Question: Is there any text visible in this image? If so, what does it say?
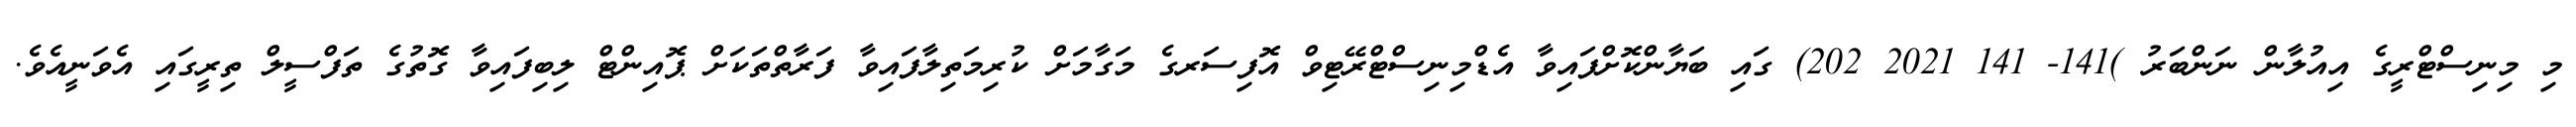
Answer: މި މިނިސްޓްރީގެ އިއުލާން ނަންބަރު )141- 141 2021 202) ގައި ބަޔާންކޮށްފައިވާ އެޑްމިނިސްޓްރޭޓިވް އޮފިސަރގެ މަގާމަށް ކުރިމަތިލާފައިވާ ފަރާތްތަކަށް ޕޮއިންޓް ލިބިފައިވާ ގޮތުގެ ތަފްސީލް ތިރީގައި އެވަނީއެވެ.